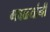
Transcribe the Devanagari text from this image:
गवळ्यांनी